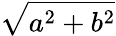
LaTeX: \sqrt{a^{2}+b^{2}}